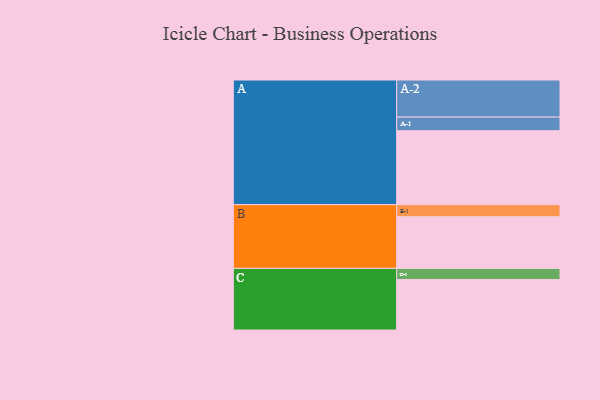
{"axis": {"x": "Segment", "y": "Value"}, "legend": ["", "A", "B", "C"], "data": [{"x": "A", "y": 494, "type": ""}, {"x": "B", "y": 345, "type": ""}, {"x": "C", "y": 337, "type": ""}, {"x": "A-1", "y": 91, "type": "A"}, {"x": "A-2", "y": 248, "type": "A"}, {"x": "B-1", "y": 81, "type": "B"}, {"x": "C-1", "y": 75, "type": "C"}]}